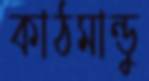
কাঠমান্ডু